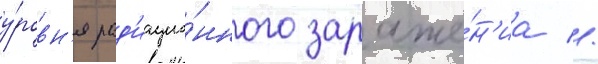
у́ровн'я рад'иацио́нного зараже́н'иа //